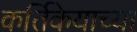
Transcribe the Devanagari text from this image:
कर्तिकेयाच्या